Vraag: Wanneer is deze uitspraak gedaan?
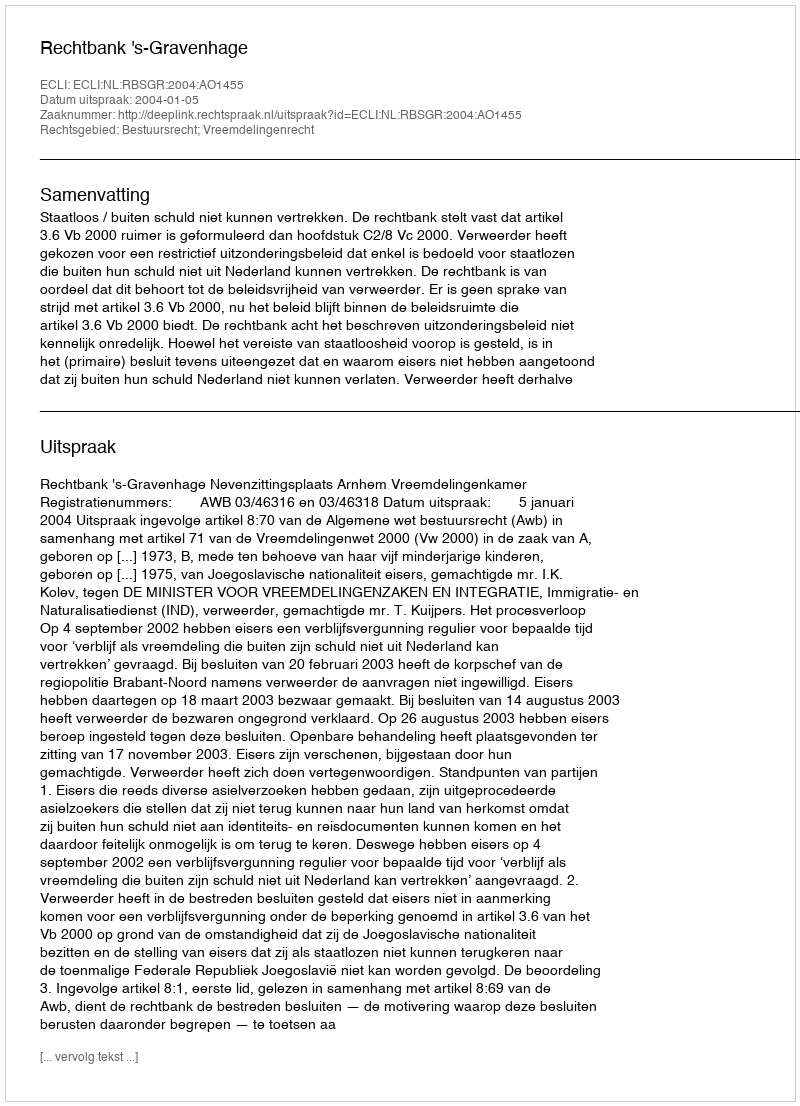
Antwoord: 2004-01-05